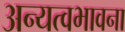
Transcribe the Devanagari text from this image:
अन्यत्वभावना